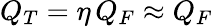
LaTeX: Q_{T}=\eta\, Q_{F}\approx Q_{F}